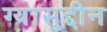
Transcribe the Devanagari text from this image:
ग्यासुद्दीन